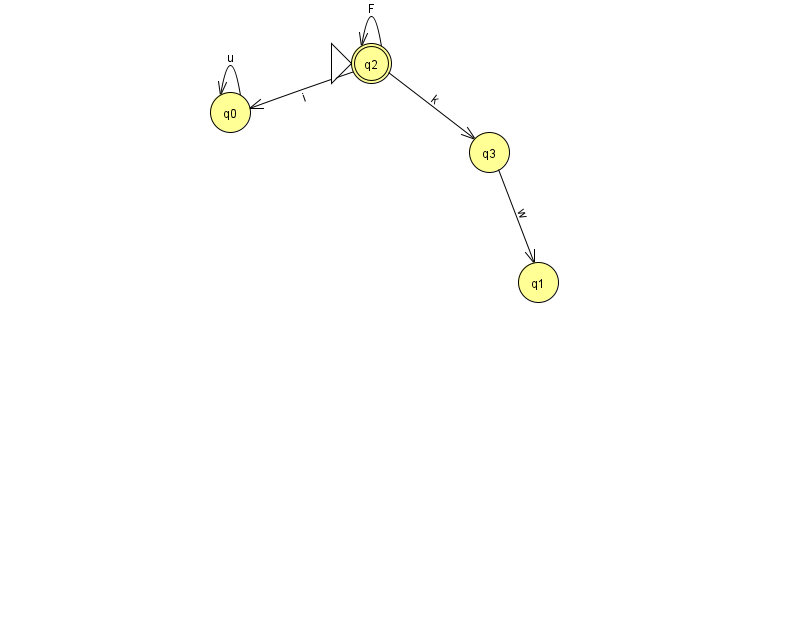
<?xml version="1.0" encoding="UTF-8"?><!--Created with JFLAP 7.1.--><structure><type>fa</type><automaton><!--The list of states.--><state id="0" name="q0"><x>230.0</x><y>99.0</y></state><state id="1" name="q1"><x>538.0</x><y>269.0</y></state><state id="2" name="q2"><x>371.0</x><y>50.0</y><initial/><final/></state><state id="3" name="q3"><x>489.0</x><y>139.0</y></state><!--The list of transitions.--><transition><from>2</from><to>0</to><read>i</read></transition><transition><from>0</from><to>0</to><read>u</read></transition><transition><from>3</from><to>1</to><read>w</read></transition><transition><from>2</from><to>2</to><read>F</read></transition><transition><from>2</from><to>3</to><read>k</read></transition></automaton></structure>